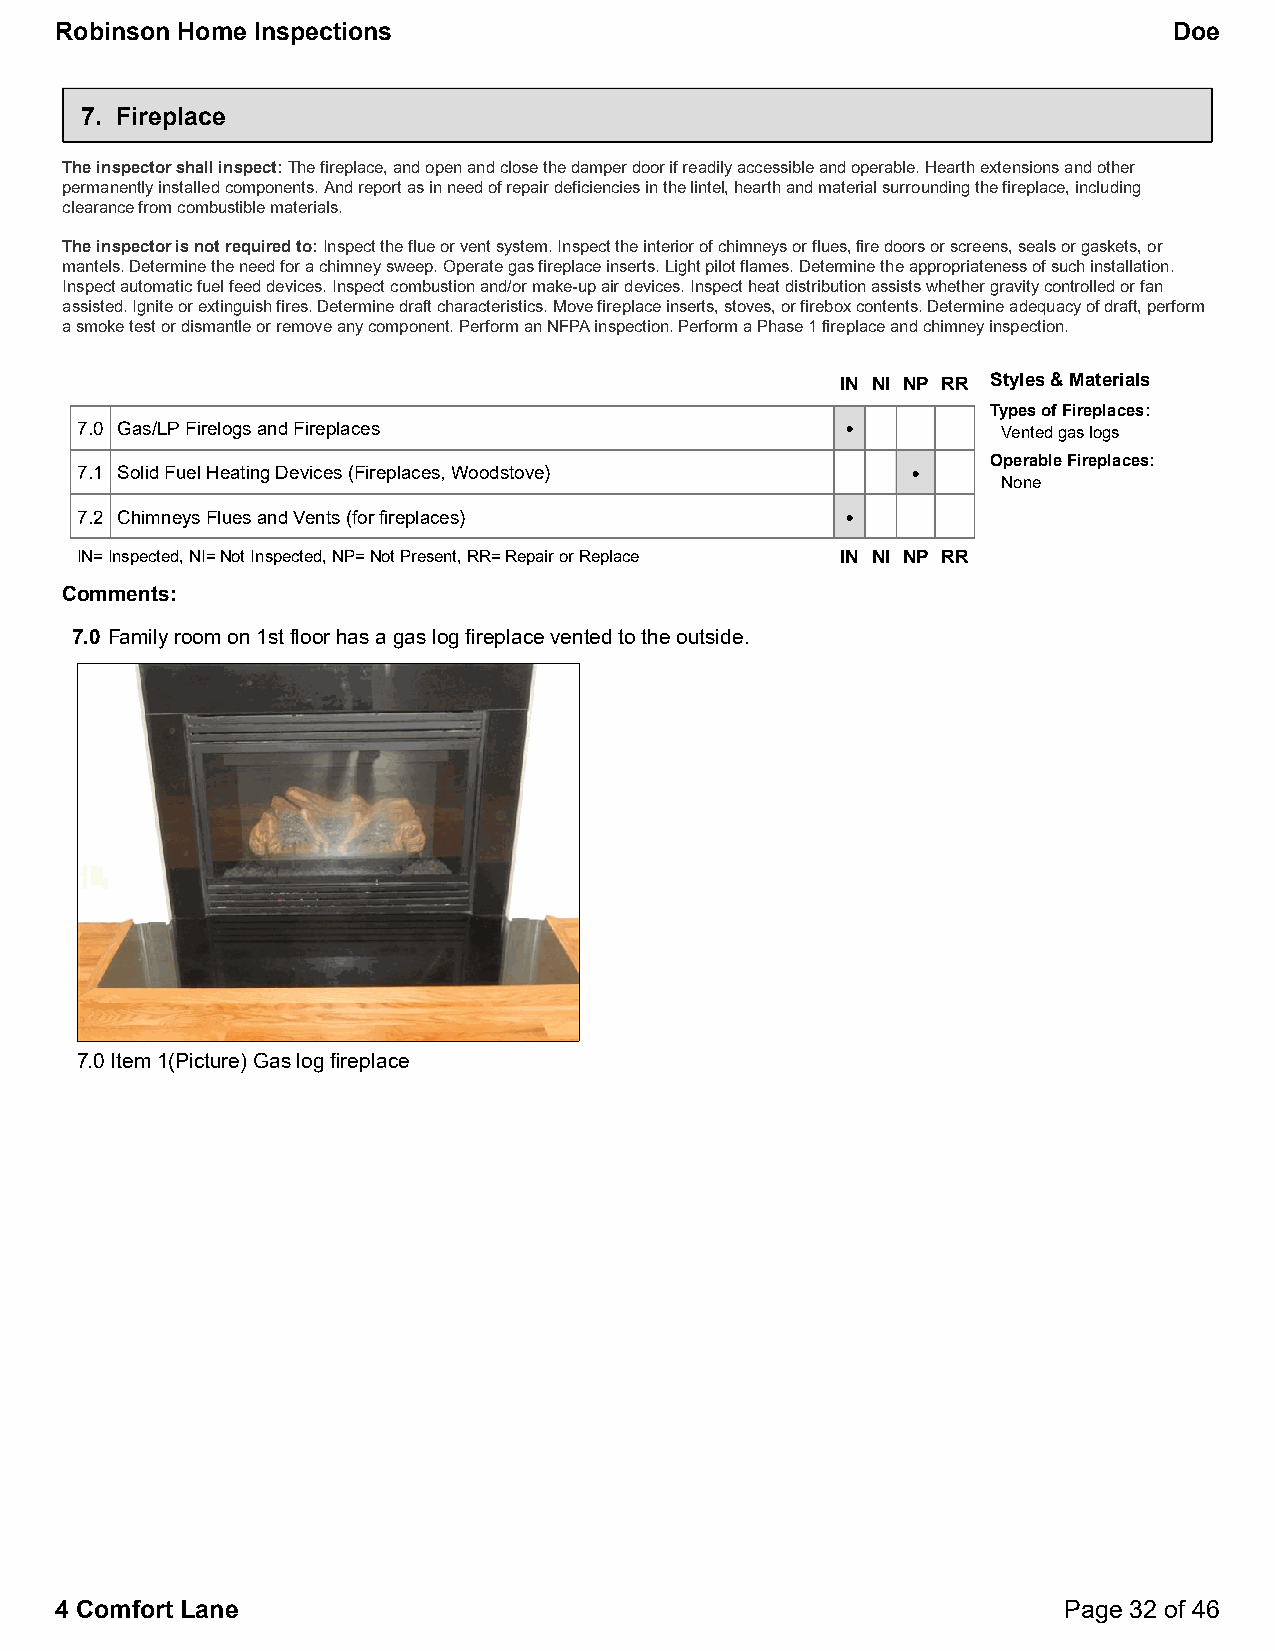
Robinson Home Inspections                                                 Doe
 7. Fireplace
 The inspector shall inspect:The fireplace, and open and close the damper door if readily accessible and operable. Hearth extensions and other
 permanently installed components. And report as in need of repair deficiencies in the lintel, hearth and material surrounding the fireplace, including
 clearance from combustible materials.
 The inspector is not required to:Inspect the flue or vent system. Inspect the interior of chimneys or flues, fire doors or screens, seals or gaskets, or
 mantels. Determine the need for a chimney sweep. Operate gas fireplace inserts. Light pilot flames. Determine the appropriateness of such installation.
 Inspect automatic fuel feed devices. Inspect combustion and/or make-up air devices. Inspect heat distribution assists whether gravity controlled or fan
 assisted. Ignite or extinguish fires. Determine draft characteristics. Move fireplace inserts, stoves, or firebox contents. Determine adequacy of draft, perform
 a smoke test or dismantle or remove any component. Perform an NFPA inspection. Perform a Phase 1 fireplace and chimney inspection.
 IN NI NP RR Styles & Materials
 Types of Fireplaces:
 7.0 Gas/LP Firelogs and Fireplaces                 •         Vented gas logs
 Operable Fireplaces:
 7.1 Solid Fuel Heating Devices (Fireplaces, Woodstove) •
 None
 7.2 Chimneys Flues and Vents (for fireplaces)      •
 IN=Inspected, NI=Not Inspected, NP=Not Present, RR=Repair or Replace IN NI NP RR
 Comments:
 7.0 Family room on 1st floor has a gas log fireplace vented to the outside.
 7.0 Item 1(Picture) Gas log fireplace
 4 Comfort Lane                                                    Page 32 of 46